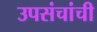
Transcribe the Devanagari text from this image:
उपसंचांची